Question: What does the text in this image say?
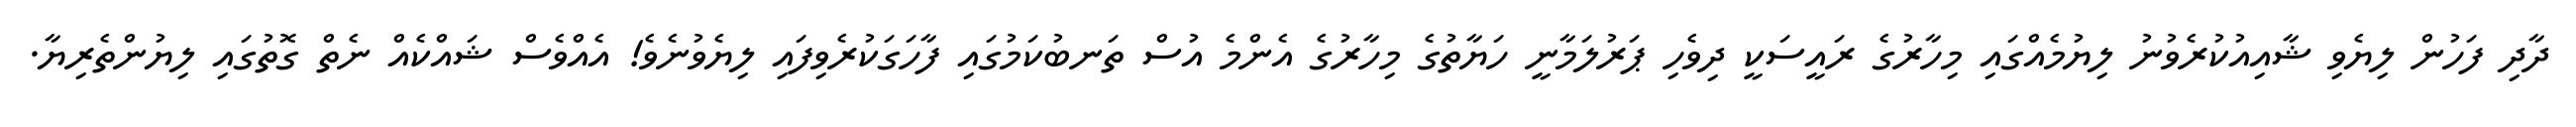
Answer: ދާދި ފަހުން ލިޔެވި ޝާއިއުކުރެވުނު ލިޔުމެއްގައި މިހާރުގެ ރައީސަކީ ދިވެހި ޕަރުލަމާނީ ހަޔާތުގެ މިހާރުގެ އެންމެ އުސް ތަނބުކަމުގައި ފާހަގަކުރެވިފައި ލިޔެވުނެވެ! އެއްވެސް ޝައްކެއް ނެތް ގޮތުގައި ލިޔުންތެރިޔާ.